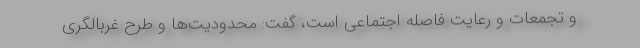
و تجمعات و رعایت فاصله اجتماعی است، گفت: محدودیت‌ها و طرح غربالگری